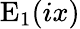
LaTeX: \mathrm{E}_{1}(ix)